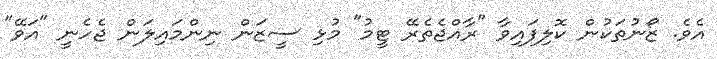
އެވެ. ޒޯނުތަކުން ކޮލިފައިވާ "ރާއްޖެތެރޭ ޓީމު" މުޅި ސީޒަން ނިންމައިލަން ޖެހެނީ "އަވޭ"